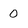
Character: 0